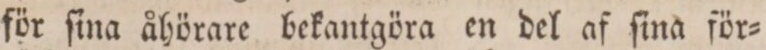
för ſina åhörare bekantgöra en del af ſina för=